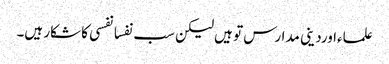
علماءاوردینی مدارس تو ہیں لیکن سب نفسانفسی کا شکار ہیں۔